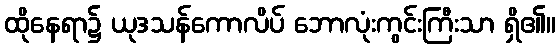
ထိုနေရာ၌ ယုဒသန်ကောလိပ် ဘောလုံးကွင်းကြီးသာ ရှိ၏။